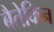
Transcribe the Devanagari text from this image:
बैतेकिन